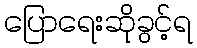
ပြောရေးဆိုခွင့်ရ